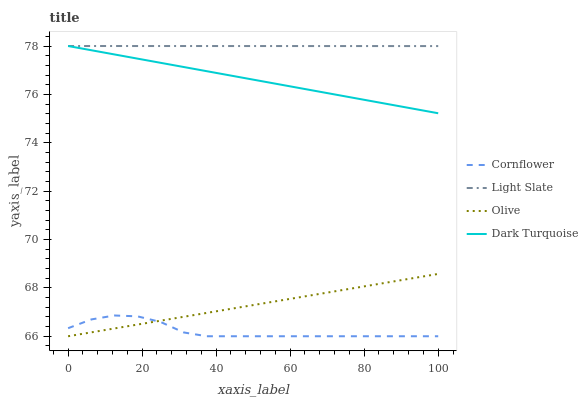
| xaxis_label | Cornflower | Light Slate | Olive | Dark Turquoise |
 | --- | --- | --- | --- | --- |
 | 0 | 66.3 | 78 | 66 | 78 |
 | 6.25 | 66.7 | 78 | 66.2 | 77.8 |
 | 12.5 | 66.9 | 78 | 66.3 | 77.7 |
 | 18.8 | 66.8 | 78 | 66.5 | 77.5 |
 | 25 | 66.6 | 78 | 66.6 | 77.3 |
 | 31.2 | 66.2 | 78 | 66.8 | 77.1 |
 | 37.5 | 66 | 78 | 67 | 77 |
 | 43.8 | 66 | 78 | 67.1 | 76.8 |
 | 50 | 66 | 78 | 67.3 | 76.6 |
 | 56.2 | 66 | 78 | 67.4 | 76.4 |
 | 62.5 | 66 | 78 | 67.6 | 76.3 |
 | 68.8 | 66 | 78 | 67.8 | 76.1 |
 | 75 | 66 | 78 | 67.9 | 75.9 |
 | 81.2 | 66 | 78 | 68.1 | 75.7 |
 | 87.5 | 66 | 78 | 68.3 | 75.6 |
 | 93.8 | 66 | 78 | 68.4 | 75.4 |
 | 100 | 66 | 78 | 68.6 | 75.2 |